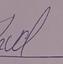
Signature authenticity: forged